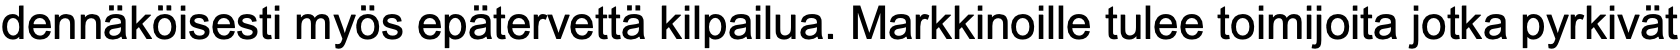
dennäköisesti myös epätervettä kilpailua. Markkinoille tulee toimijoita jotka pyrkivät